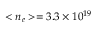
< n _ { e } > = 3 . 3 \times 1 0 ^ { 1 9 }